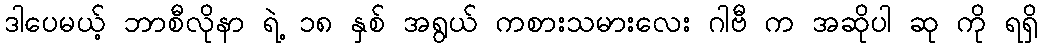
ဒါပေမယ့် ဘာစီလိုနာ ရဲ့ ၁၈ နှစ် အရွယ် ကစားသမားလေး ဂါဗီ က အဆိုပါ ဆု ကို ရရှိ